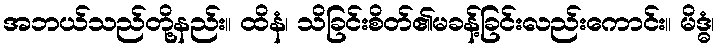
အဘယ်သည်တို့နည်း။ ထိနံ၊ သိခြင်းစိတ်၏မခန့်ခြင်းလည်းကောင်း။ မိဒ္ဓံ၊